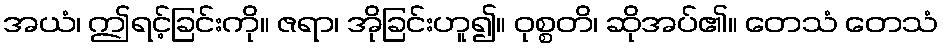
အယံ၊ ဤရင့်ခြင်းကို။ ဇရာ၊ အိုခြင်းဟူ၍။ ဝုစ္စတိ၊ ဆိုအပ်၏။ တေသံ တေသံ